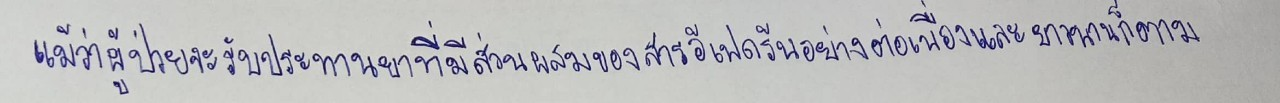
แม้ว่าผู้ป่วยจะรับประทานยาที่มีส่วนผสมของสารอีเฟดรีนอย่างต่อเนื่องและยาวนานก็ตาม